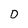
Character: D